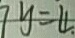
7 y = 4 .